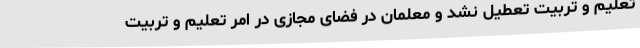
تعلیم و تربیت تعطیل نشد و معلمان در فضای مجازی در امر تعلیم و تربیت